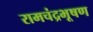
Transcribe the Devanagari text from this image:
रामचंद्रभूषण